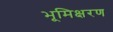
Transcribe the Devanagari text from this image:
भूमिक्षरण